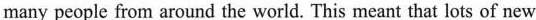
many people from around the world. This meant that lots of new